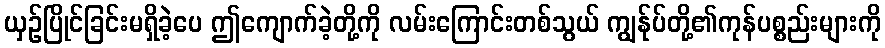
ယှဉ်ပြိုင်ခြင်းမရှိခဲ့ပေ ဤကျောက်ခဲ့တို့ကို လမ်းကြောင်းတစ်သွယ် ကျွန်ုပ်တို့၏ကုန်ပစ္စည်းများကို